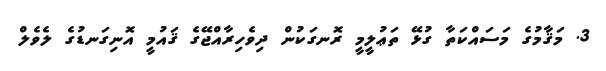
3. މަޤާމުގެ މަސައްކަތާ ގުޅޭ ތަޢުލީމީ ރޮނގަކުން ދިވެހިރާއްޖޭގެ ޤައުމީ އޮނިގަނޑުގެ ލެވެލް